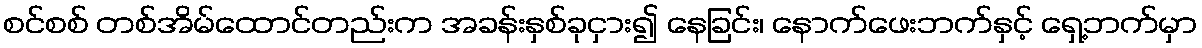
စင်စစ် တစ်အိမ်ထောင်တည်းက အခန်းနှစ်ခုငှား၍ နေခြင်း၊ နောက်ဖေးဘက်နှင့် ရှေ့ဘက်မှာ